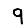
Digit: 9